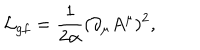
LaTeX: { \cal L } _ { g f } = { \frac { 1 } { 2 \alpha } } ( \partial _ { \mu } A ^ { \mu } ) ^ { 2 } ,